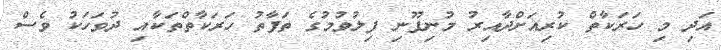
އަދި މި ހަރަކާތް ކުރިއަށްދާއިރު މުނިފޫނި ފިލުވުމުގެ ތަފާތު ހަރަކާތްތަކާއި ދުވަހަކު ވެސް